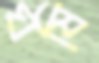
ঘষি